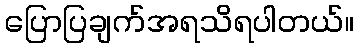
ပြောပြချက်အရသိရပါတယ်။